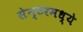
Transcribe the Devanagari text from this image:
सेन्टरमध्ये